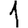
Digit: 1